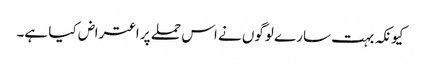
کیونکہ بہت سارے لوگوں نے اس حملے پر اعتراض کیا ہے۔